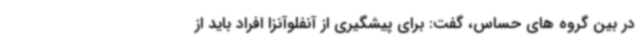
در بین گروه های حساس، گفت: برای پیشگیری از آنفلوآنزا افراد باید از